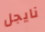
نايجل